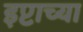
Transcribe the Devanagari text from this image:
इप्टाच्या